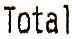
TOTAL